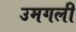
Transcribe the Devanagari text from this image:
उमगली